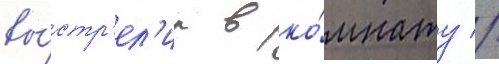
вы́стр'ел'ил в ко́мнату //